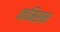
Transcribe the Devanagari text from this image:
कमिसन